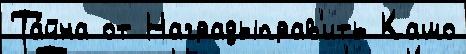
Та́йна от Наградыправ'ить Кашо